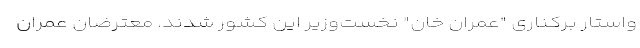
واستار برکناری "عمران خان" نخست‌وزیر این کشور شدند. معترضان عمران